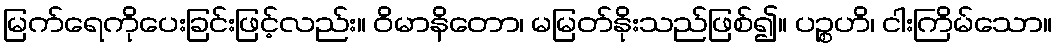
မြက်ရေကိုပေးခြင်းဖြင့်လည်း။ ဝိမာနိတော၊ မမြတ်နိုးသည်ဖြစ်၍။ ပဉ္စဟိ၊ ငါးကြိမ်သော။